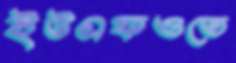
ইউএফওতে